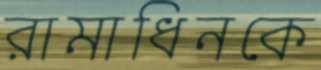
রামাধিনকে